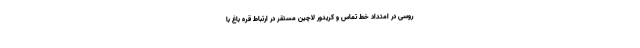
روسی در امتداد خط تماس و کریدور لاچین مستقر در ارتباط قره باغ با